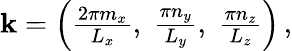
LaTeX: \begin{array}{r}{\mathbf{k}=\left(\frac{2\pi m_{x}}{L_{x}},\; \frac{\pi n_{y}}{L_{y}},\; \frac{\pi n_{z}}{L_{z}}\right)\, ,}\end{array}